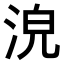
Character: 𣴟